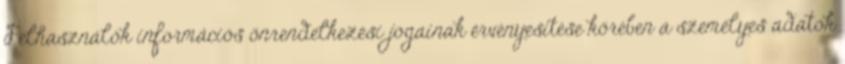
Felhasználók információs önrendelkezési jogainak érvényesítése körében a személyes adatok